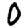
Digit: 0